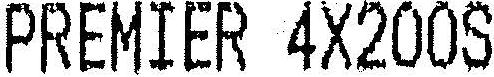
PREMIER 4X200S